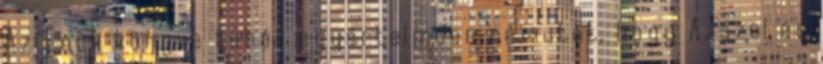
Az Énok könyve tehát egyértelműen rámutat, hogy Azázel és